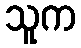
သူက